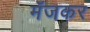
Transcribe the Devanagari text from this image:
मँजकर